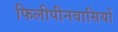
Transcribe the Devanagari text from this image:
फिलीपीनवासियों